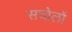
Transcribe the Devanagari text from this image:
सचोलों